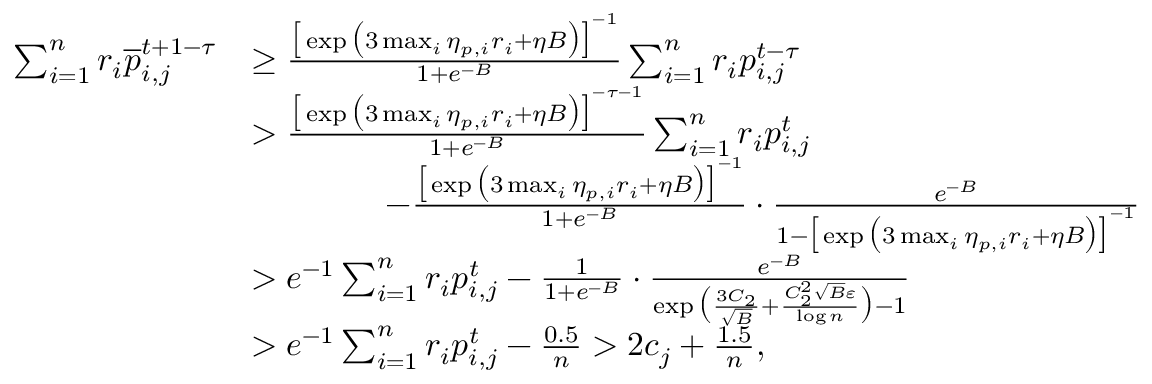
\begin{array} { r l } { \sum _ { i = 1 } ^ { n } r _ { i } \overline { { p } } _ { i , j } ^ { t + 1 - \tau } } & { \geq \frac { \big [ \exp \big ( 3 \operatorname* { m a x } _ { i } \eta _ { p , i } r _ { i } + \eta B \big ) \big ] ^ { - 1 } } { 1 + e ^ { - B } } \sum _ { i = 1 } ^ { n } r _ { i } p _ { i , j } ^ { t - \tau } } \\ & { > \frac { \big [ \exp \big ( 3 \operatorname* { m a x } _ { i } \eta _ { p , i } r _ { i } + \eta B \big ) \big ] ^ { - \tau - 1 } } { 1 + e ^ { - B } } \sum _ { i = 1 } ^ { n } r _ { i } p _ { i , j } ^ { t } } \\ & { \qquad \qquad - \frac { \big [ \exp \big ( 3 \operatorname* { m a x } _ { i } \eta _ { p , i } r _ { i } + \eta B \big ) \big ] ^ { - 1 } } { 1 + e ^ { - B } } \cdot \frac { e ^ { - B } } { 1 - \big [ \exp \big ( 3 \operatorname* { m a x } _ { i } \eta _ { p , i } r _ { i } + \eta B \big ) \big ] ^ { - 1 } } } \\ & { > e ^ { - 1 } \sum _ { i = 1 } ^ { n } r _ { i } p _ { i , j } ^ { t } - \frac { 1 } { 1 + e ^ { - B } } \cdot \frac { e ^ { - B } } { \exp \big ( \frac { 3 C _ { 2 } } { \sqrt { B } } + \frac { C _ { 2 } ^ { 2 } \sqrt { B } \varepsilon } { \log n } \big ) - 1 } } \\ & { > e ^ { - 1 } \sum _ { i = 1 } ^ { n } r _ { i } p _ { i , j } ^ { t } - \frac { 0 . 5 } { n } > 2 c _ { j } + \frac { 1 . 5 } { n } , } \end{array}